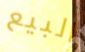
البيع